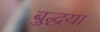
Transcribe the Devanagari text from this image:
बुद्धया